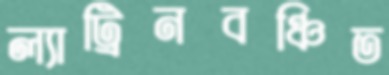
ল্যাট্রিনবঞ্চিত